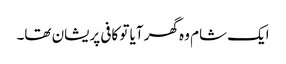
ایک شام وہ گھر آیا تو کافی پریشان تھا۔